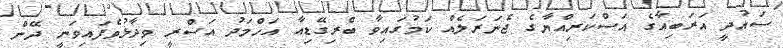
ސައުދީ އަރަބިއާގެ އަސްކަރިއްޔާގެ ޖެނަރަލެއް ކަމުގައިވާ ބްރިގޭޑިއާ އަހްމަދު އަސްރީ ވިދާޅުވެފައިވަނީ ދޭން